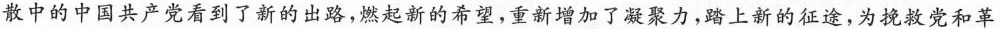
散中的中国共产党看到了新的出路，燃起新的希望，重新增加了凝聚力，踏上新的征途，为挽救党和革